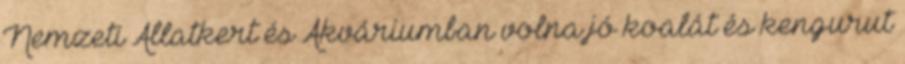
Nemzeti Állatkert és Akváriumban volna jó koalát és kengurut